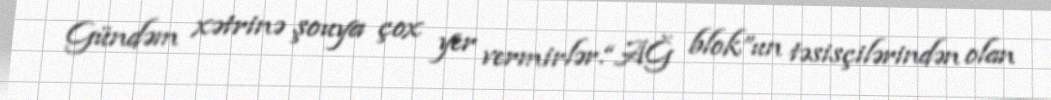
Gündəm xətrinə şouya çox yer vermirlər.“AĞ blok”un təsisçilərindən olan